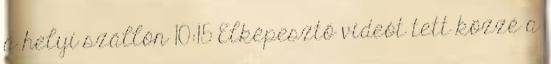
a helyi szállón 10:15 Elképesztő videót tett közzé a